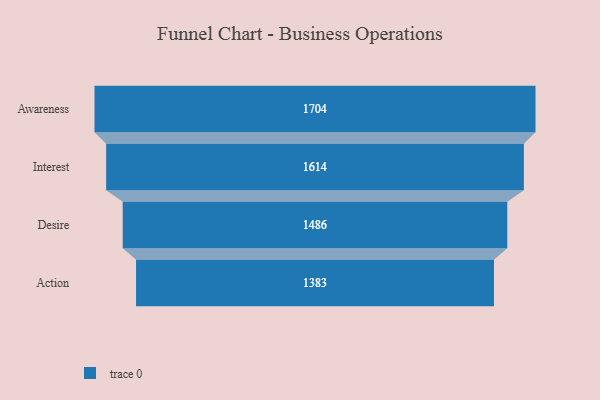
{"axis": {"x": "Stage", "y": "Value"}, "legend": [""], "data": [{"x": "Awareness", "y": 1704.0, "type": ""}, {"x": "Interest", "y": 1614.0, "type": ""}, {"x": "Desire", "y": 1486.0, "type": ""}, {"x": "Action", "y": 1383.0, "type": ""}]}